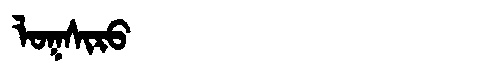
Manchu: ᠯᠣᡴᠰᡳᡵᠣ
Romanization: LOKSIRO